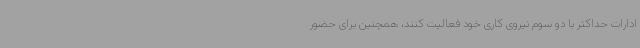
ادارات حداکثر با دو سوم نیروی کاری خود فعالیت کنند، همچنین برای حضور